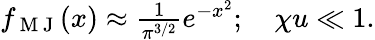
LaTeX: \begin{array}{r}{f_{\mathrm{~M~J~}}(x)\approx\frac{1}{\pi^{3/2}}e^{-x^{2}};\quad\chi u\ll 1.}\end{array}